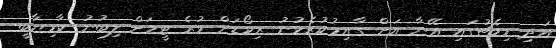
އަދި މިމެޗުގައި އޭނާ އަށް ގާއިމުކުރެވުނު ރިކޯޑަށް ވުރެ ޓީމަށް ލިބުނު ކާމިޔާބީ